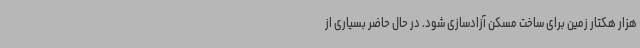
هزار هکتار زمین برای ساخت مسکن آزادسازی شود. در حال حاضر بسیاری از